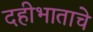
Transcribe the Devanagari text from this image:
दहीभाताचे